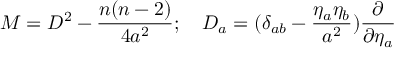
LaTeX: M = D ^ { 2 } - \frac { n ( n - 2 ) } { 4 a ^ { 2 } } ; ~ ~ ~ D _ { a } = ( \delta _ { a b } - \frac { { \eta _ { a } } \eta _ { b } } { a ^ { 2 } } ) \frac { \partial } { \partial { \eta _ { a } } }